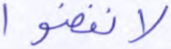
لانفضوا